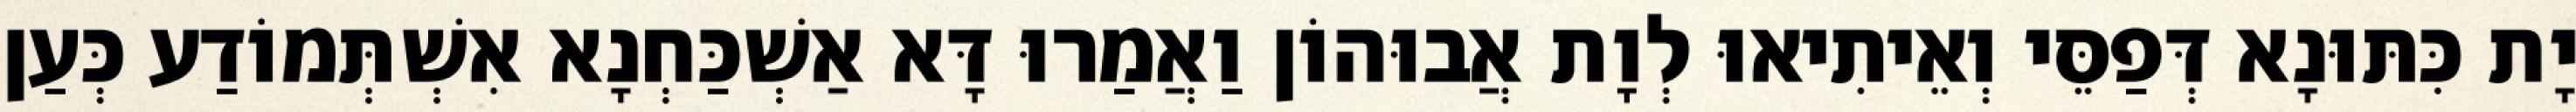
יָת כִּתּוּנָא דְּפַסֵּי וְאֵיתִיאוּ לְוָת אֲבוּהוֹן וַאֲמַרוּ דָּא אַשְׁכַּחְנָא אִשְׁתְּמוֹדַע כְּעַן